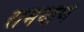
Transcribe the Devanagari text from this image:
रामयाण